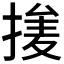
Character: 𰔞